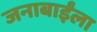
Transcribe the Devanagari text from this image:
जनाबाईंला